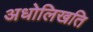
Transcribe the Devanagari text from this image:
अधोलिखति